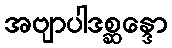
အဗျာပါဒစ္ဆန္ဒော